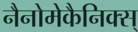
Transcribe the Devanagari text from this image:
नैनोमेकैनिक्स्